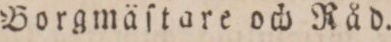
Borgmäſtare och Råd.